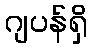
ဂျပန်ရှိ